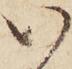
い